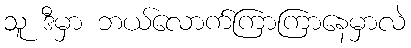
သူ ဒီမှာ ဘယ်လောက်ကြာကြာနေမှာလဲ